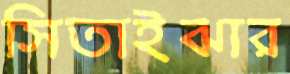
সিতাইঝার